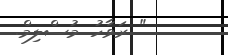
" ރަވާހު މުސްލިމް.